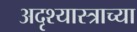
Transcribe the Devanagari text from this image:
अदृश्यास्त्राच्या